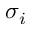
\sigma _ { i }